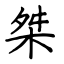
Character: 桀